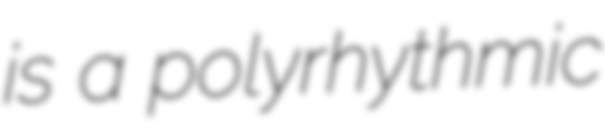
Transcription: is a polyrhythmic